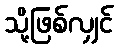
သို့ဖြစ်လျှင်